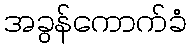
အခွန်ကောက်ခံ